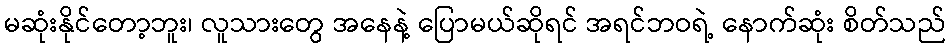
မဆုံးနိုင်တော့ဘူး၊ လူသားတွေ အနေနဲ့ ပြောမယ်ဆိုရင် အရင်ဘဝရဲ့ နောက်ဆုံး စိတ်သည်